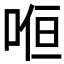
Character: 𭈚